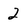
Character: 2